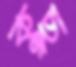
কুছু